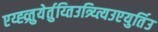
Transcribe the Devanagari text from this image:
एय्ह्व्र्तुयेर्तुय्तिउत्र्य्त्यिउएयुर्तिउ